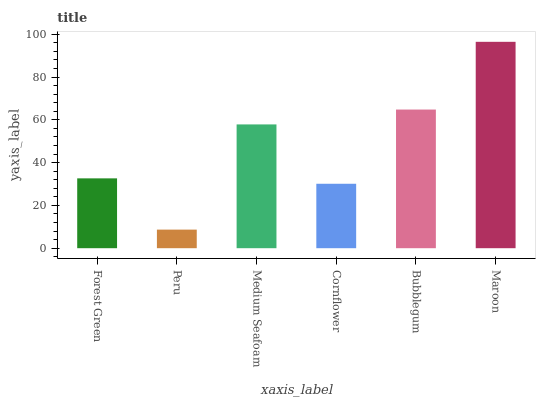
| xaxis_label | bars |
 | --- | --- |
 | Forest Green | 32.6 |
 | Peru | 8.69 |
 | Medium Seafoam | 57.8 |
 | Cornflower | 30.1 |
 | Bubblegum | 64.8 |
 | Maroon | 96.4 |